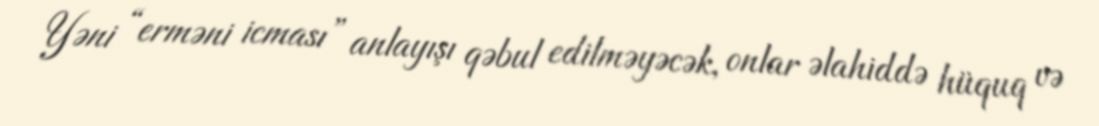
Yəni “erməni icması” anlayışı qəbul edilməyəcək, onlar əlahiddə hüquq və